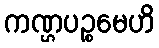
ကဏ္ဌပဉ္စမေဟိ